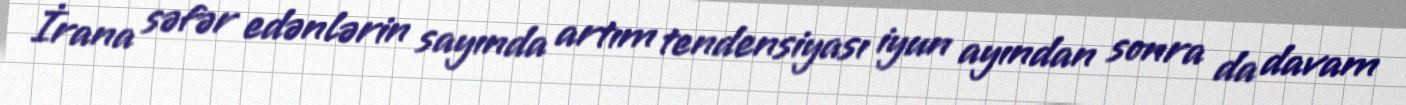
İrana səfər edənlərin sayında artım tendensiyası iyun ayından sonra da davam